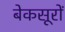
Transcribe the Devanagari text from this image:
बेकसूरों